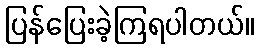
ပြန်ပြေးခဲ့ကြရပါတယ်။